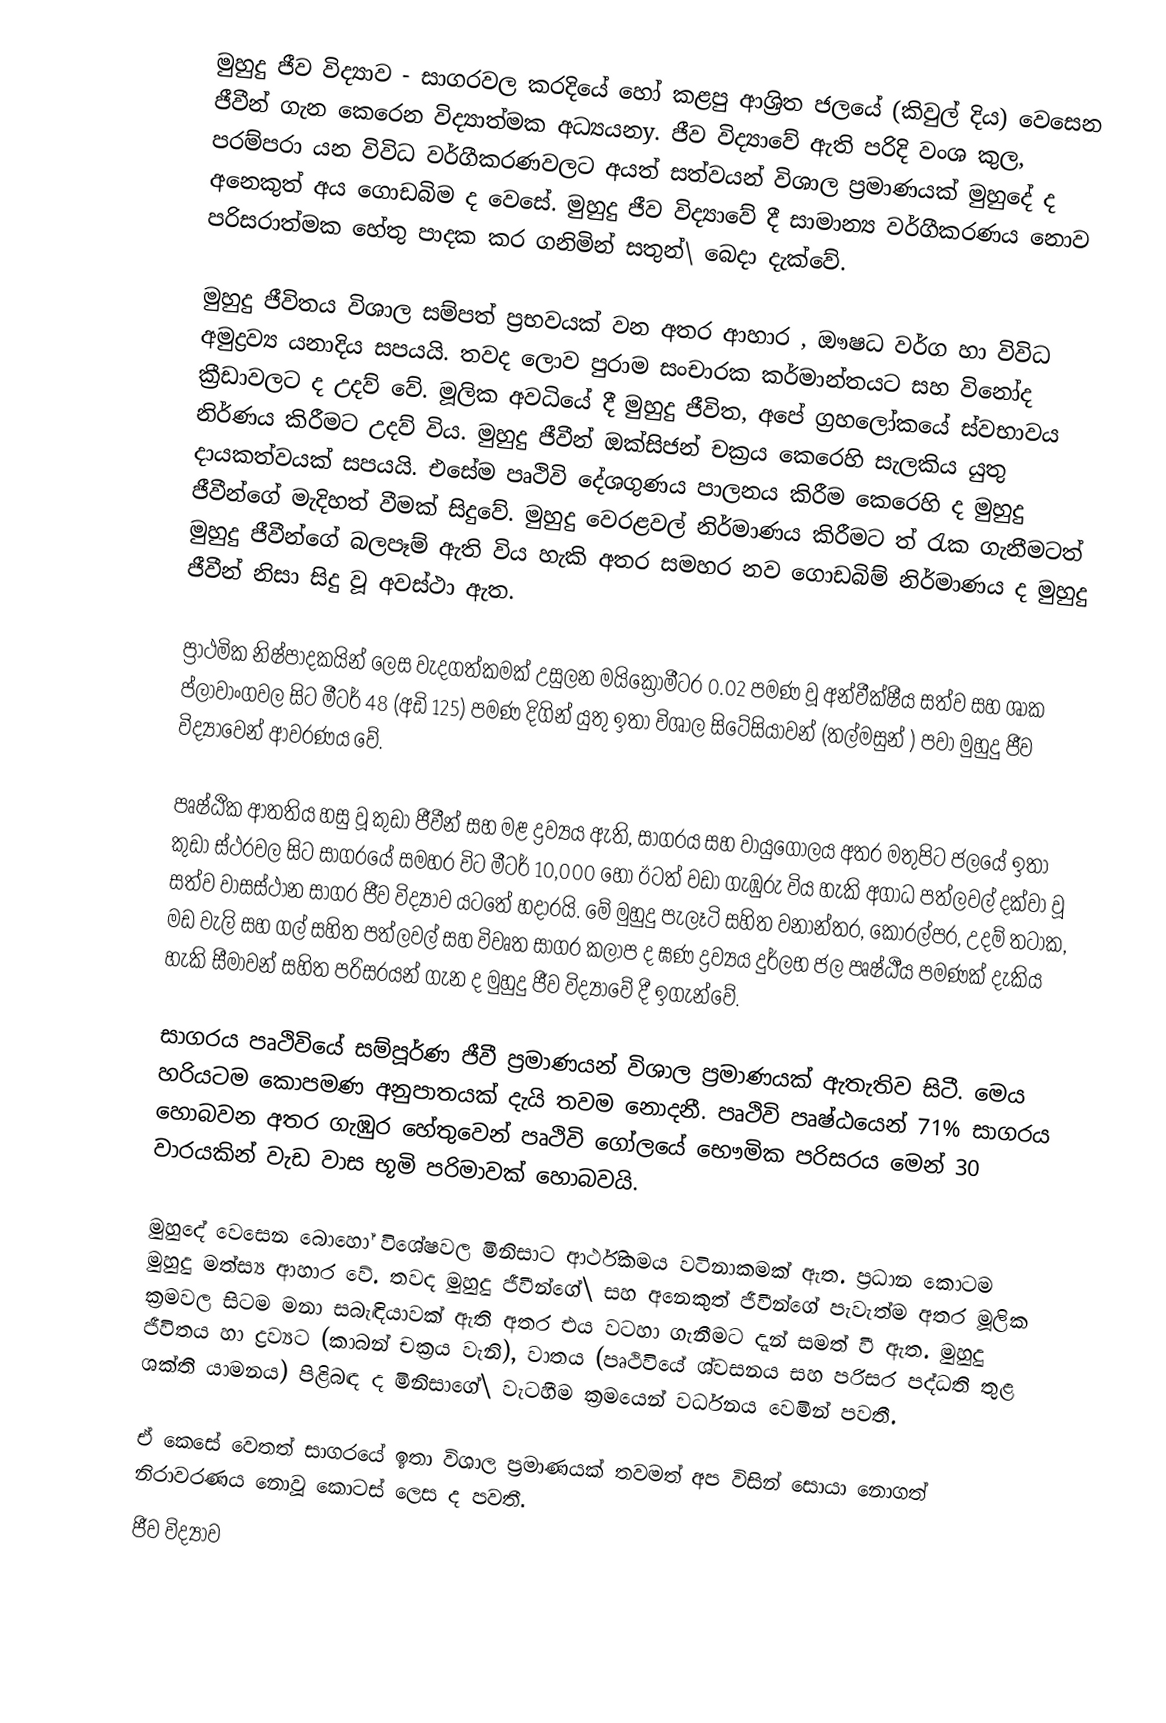
මුහුදු ජීව විද්‍යාව - සාගරවල කරදියේ හෝ කළපු ආශ්‍රිත ජලයේ (කිවුල් දිය) වෙසෙන  ජීවීන් ගැන කෙරෙන විද්‍යාත්මක අධ්‍යයනy. ජීව විද්‍යාවේ ඇති පරිදි වංශ කුල, පරම්පරා යන විවිධ වර්ගීකරණවලට අයත් සත්වයන් විශාල ප්‍රමාණයක් මුහුදේ ද අනෙකුත් අය ගොඩබිම ද වෙසේ. මුහුදු  ජීව විද්‍යාවේ දී සාමාන්‍ය වර්ගීකරණය නොව පරිසරාත්මක හේතු පාදක කර ගනිමින් සතුන්\ බෙදා දැක්වේ.

මුහුදු ජීවිතය විශාල සම්පත් ප්‍රභවයක් වන අතර ආහාර , ඖෂධ වර්ග හා විවිධ අමුද්‍රව්‍ය යනාදිය සපයයි. තවද ලොව පුරාම සංචාරක කර්මාන්තයට සහ විනෝද ක්‍රීඩාවලට ද උදව් වේ. මූලික අවධියේ දී මුහුදු ජීවිත, අපේ ග්‍රහලෝකයේ ස්වභාවය නිර්ණය කිරීමට උදව් විය. මුහුදු ජීවීන් ඔක්සිජන් චක්‍රය කෙරෙහි සැලකිය යුතු දායකත්වයක් සපයයි. එසේම පෘථිවි දේශගුණය පාලනය කිරීම කෙරෙහි ද මුහුදු ජීවීන්ගේ මැදිහත් වීමක් සිදුවේ. මුහුදු වෙරළවල් නිර්මාණය කිරීමට ත් රැක ගැනීමටත් මුහුදු ජීවීන්ගේ බලපෑම් ඇති විය හැකි අතර සමහර නව ගොඩබිම් නිර්මාණය ද මුහුදු ජීවීන් නිසා සිදු වූ අවස්ථා ඇත.

ප්‍රා‍ථමික නිෂ්පාදකයින් ලෙස වැදගත්කමක් උසුලන මයික්‍රෝමීටර 0.02 පමණ වූ අන්වීක්ෂීය සත්ව සහ ශාක ප්ලාවාංගවල සිට මීටර් 48 (අඩි 125) පමණ දිගින් යුතු ඉතා විශාල සිටේසියාවන් (තල්මසුන් ) පවා  මුහුදු ජීව විද්‍යාවෙන් ආවරණය වේ.

පෘෂ්ඨික ආතතිය හසු වූ කුඩා ජීවීන් සහ මළ ද්‍රව්‍යය ඇති, සාගරය සහ වායුගෝලය අතර මතුපිට ජලයේ ඉතා කුඩා ස්ථරවල සිට සාගරයේ සමහර විට මීටර් 10,000 හෝ ඊටත් වඩා ගැඹුරු විය හැකි අගාධ පත්ලවල් දක්වා වූ සත්ව වාසස්ථාන සාගර ජීව විද්‍යාව යටතේ හදාරයි. මේ මුහුදු පැලෑටි සහිත වනාන්තර, කොරල්පර, උදම් තටාක, මඩ වැලි සහ ගල් සහිත පත්ලවල් සහ විවෘත සාගර කලාප ද ඝණ ද්‍රව්‍යය දුර්ලභ ජල පෘෂ්ඨීය පමණක් දැකිය හැකි සීමාවන් සහිත පරිසරයන් ගැන ද මුහුදු ජීව විද්‍යාවේ දී ඉගැන්වේ.

සාගරය පෘථිවියේ සම්පූර්ණ ජීවී ප්‍රමාණයන් විශාල ප්‍රමාණයක් ඇතැතිව සිටී. මෙය හරියටම කොපමණ අනුපාතයක් දැයි තවම නොදනී. පෘථිවි පෘෂ්ඨයෙන් 71% සාගරය හොබවන අතර ගැඹුර හේතුවෙන් පෘථිවි ගෝලයේ භෞමික පරිසරය මෙන් 30 වාරයකින් වැඩ වාස භූමි පරිමාවක් හොබවයි.

මුහුදේ වෙසෙන බොහෝ විශේෂවල මිනිසාට ආර්ථිකමය වටිනාකමක් ඇත. ප්‍රධාන‍ කොටම මුහුදු මත්ස්‍ය ආහාර වේ. තවද මුහුදු ජීවීන්ගේ\ සහ අනෙකුත් ජීවීන්ගේ පැවැත්ම අතර මූලික ක්‍රමවල සිටම මනා සබැඳියාවක් ඇති අතර එය වටහා ගැනීමට දැන් සමත් වී ඇත. මුහුදු ජීවිතය හා ද්‍රව්‍යට (කාබන් චක්‍රය වැනි), වාතය (පෘථිවියේ ශ්වසනය සහ පරිසර පද්ධති තුළ ශක්ති යාමනය) පිළිබඳ ද මිනිසාගේ\ වැටහීම ක්‍රමයෙන් වර්ධනය වෙමින් පවතී.

ඒ කෙසේ වෙතත් සාගරයේ  ඉතා විශාල ප්‍රමාණයක් තවමත් අප විසින් සොයා නොගත් නිරාවරණය නොවූ කොටස් ලෙස ද පවතී.
ජීව විද්‍යාව